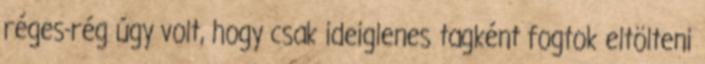
réges-rég úgy volt, hogy csak ideiglenes tagként fogtok eltölteni